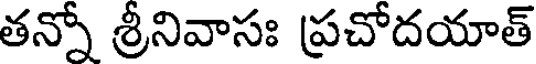
తన్నో శ్రీనివాసః ప్రచోదయాత్